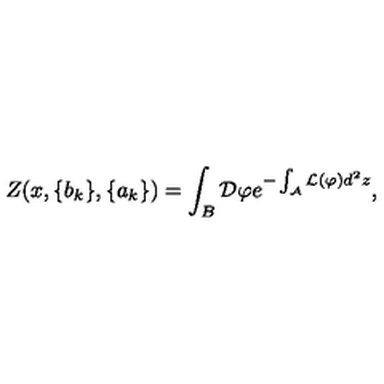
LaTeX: Z ( x , \{ b _ { k } \} , \{ a _ { k } \} ) = \int _ { B } { \mathcal D } \varphi e ^ { - \int _ { \mathcal A } { \mathcal L } ( \varphi ) d ^ { 2 } z } ,